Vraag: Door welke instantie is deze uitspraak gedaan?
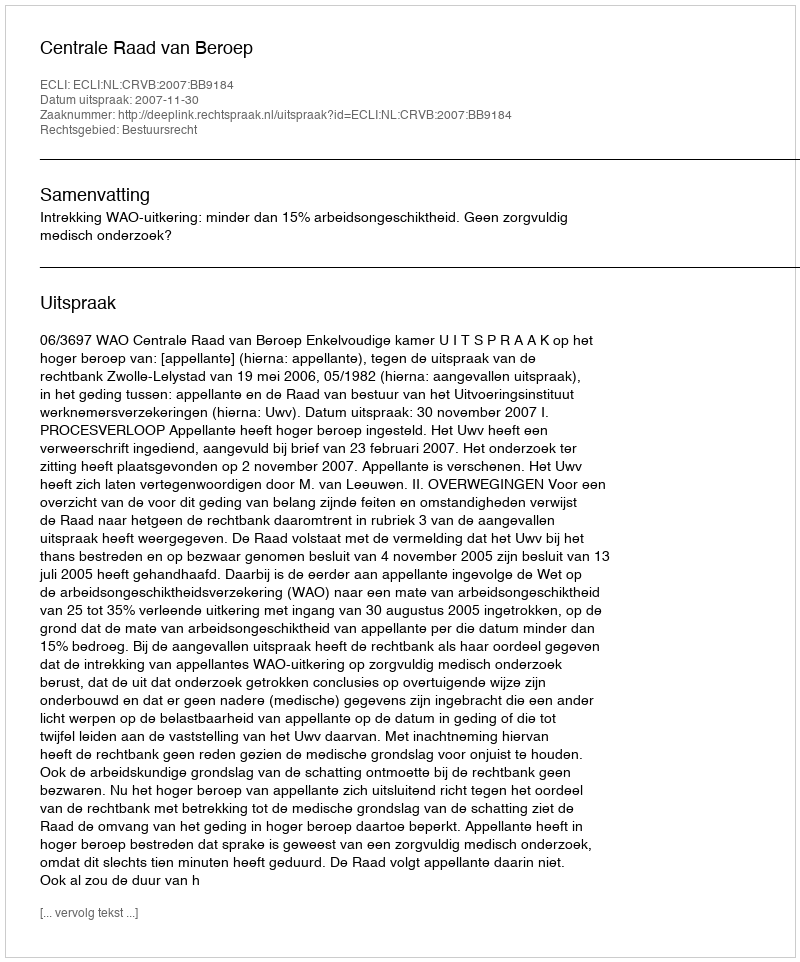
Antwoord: Centrale Raad van Beroep